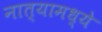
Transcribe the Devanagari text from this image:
नात्यामध्ये